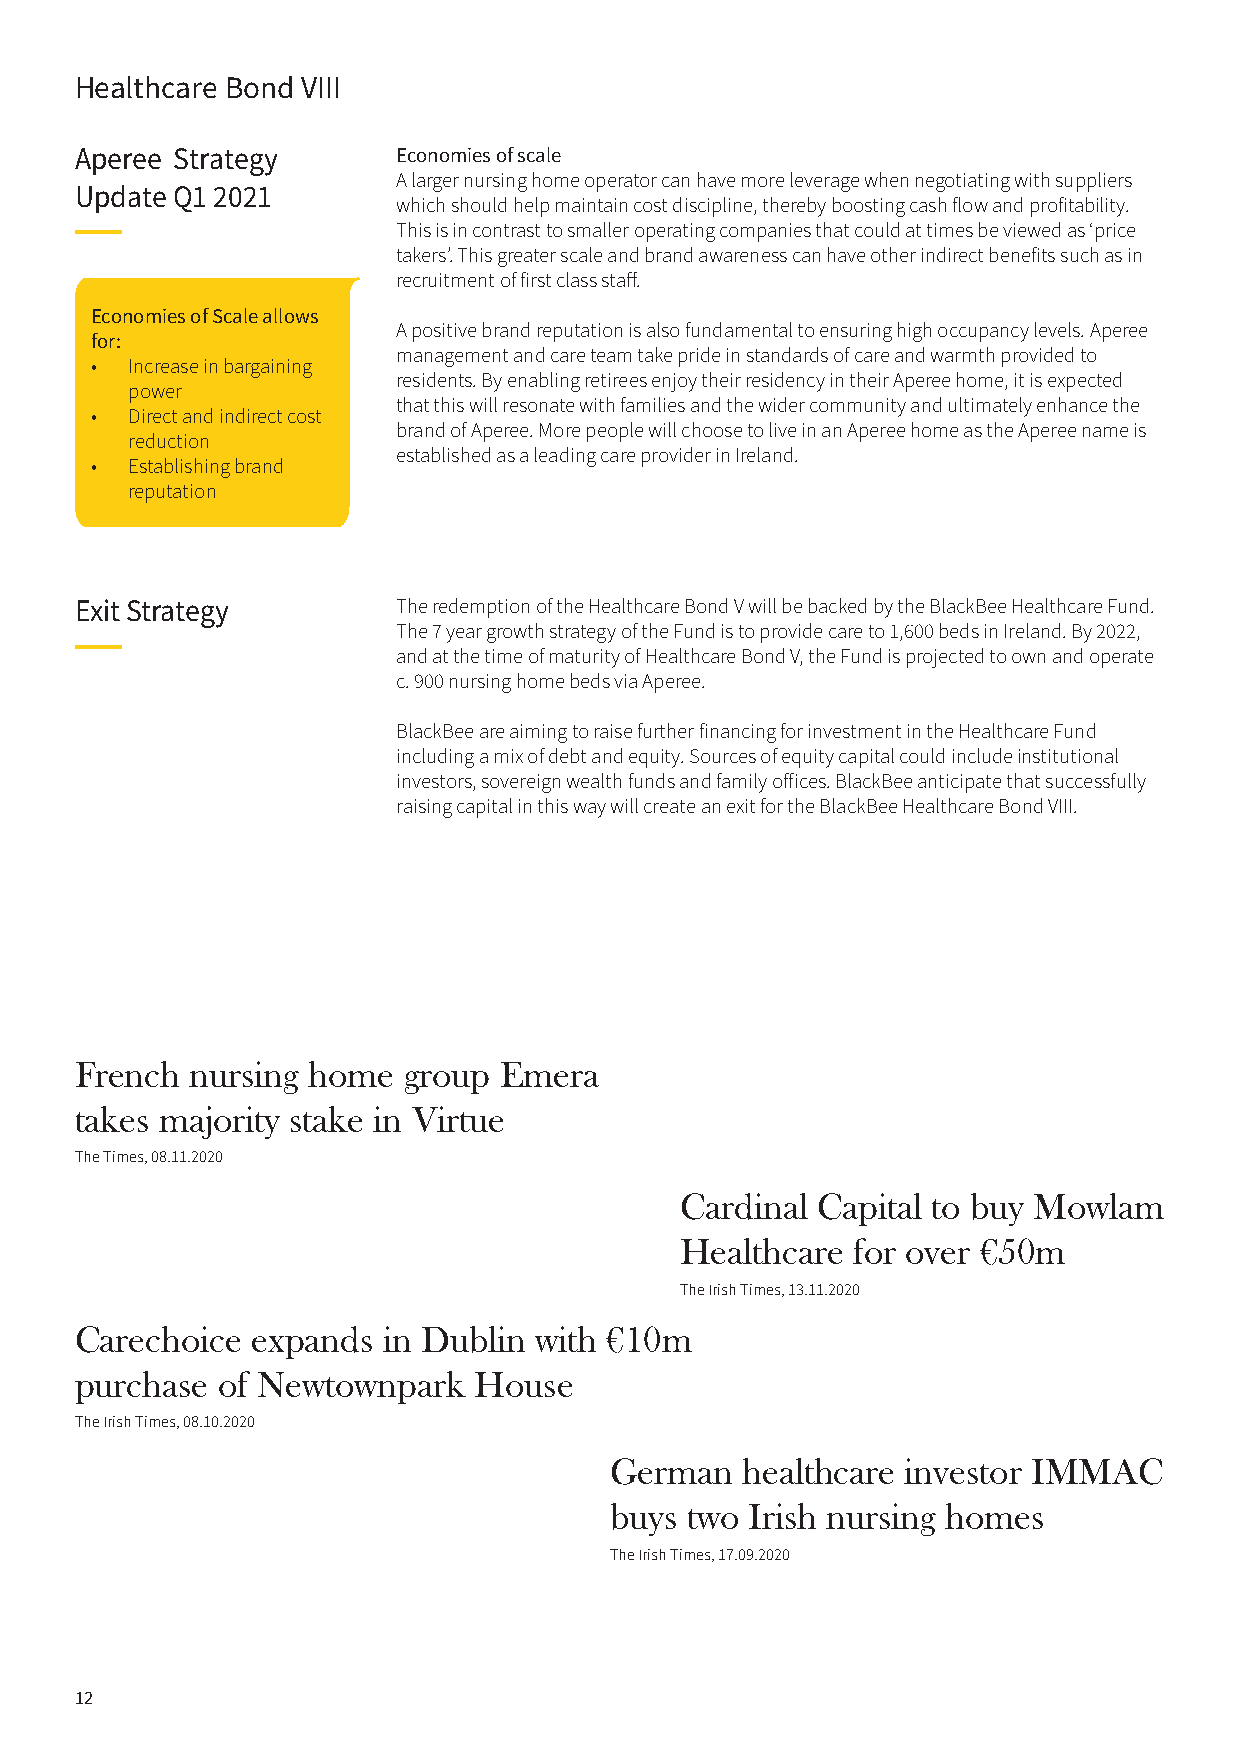
Healthcare Bond VIII
 Aperee Strategy      Economies of scale
 A larger nursing home operator can have more leverage when negotiating with suppliers
 Update Q1 2021
 which should help maintain cost discipline, thereby boosting cash flow and profitability.
 This is in contrast to smaller operating companies that could at times be viewed as ‘price
 takers’. This greater scale and brand awareness can have other indirect benefits such as in
 recruitment of first class staff.
 Economies of Scale allows
 A positive brand reputation is also fundamental to ensuring high occupancy levels. Aperee
 for:
 management and care team take pride in standards of care and warmth provided to
 • Increase in bargaining
 residents. By enabling retirees enjoy their residency in their Aperee home, it is expected
 power
 that this will resonate with families and the wider community and ultimately enhance the
 • Direct and indirect cost
 brand of Aperee. More people will choose to live in an Aperee home as the Aperee name is
 reduction
 established as a leading care provider in Ireland.
 • Establishing brand
 reputation
 Exit Strategy        The redemption of the Healthcare Bond V will be backed by the BlackBee Healthcare Fund.
 The 7 year growth strategy of the Fund is to provide care to 1,600 beds in Ireland. By 2022,
 and at the time of maturity of Healthcare Bond V, the Fund is projected to own and operate
 c. 900 nursing home beds via Aperee.
 BlackBee are aiming to raise further financing for investment in the Healthcare Fund
 including a mix of debt and equity. Sources of equity capital could include institutional
 investors, sovereign wealth funds and family offices. BlackBee anticipate that successfully
 raising capital in this way will create an exit for the BlackBee Healthcare Bond VIII.
 French  nursing home  group Emera
 takes majority stake in Virtue
 The Times, 08.11.2020
 Cardinal Capital to buy Mowlam
 Healthcare for over €50m
 The Irish Times, 13.11.2020
 Carechoice  expands in Dublin with €10m
 purchase of Newtownpark   House
 The Irish Times, 08.10.2020
 German   healthcare investor IMMAC
 buys two  Irish nursing homes
 The Irish Times, 17.09.2020
 12